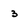
Character: 3